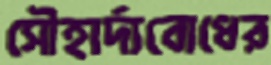
সৌহার্দ্যবোধের